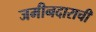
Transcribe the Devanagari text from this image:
जमीनदाराची